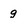
Character: g